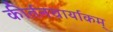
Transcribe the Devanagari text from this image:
कीर्तनचार्याकम्‌